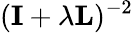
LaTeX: (\textbf{I}+\lambda\textbf{L})^{-2}